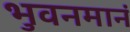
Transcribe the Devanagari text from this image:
भुवनमानं